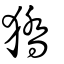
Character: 獢